Annual report of the Punjab Veterinary College and of the Civil Veterinary Department, Punjab - 1909-1919
Year: 1909
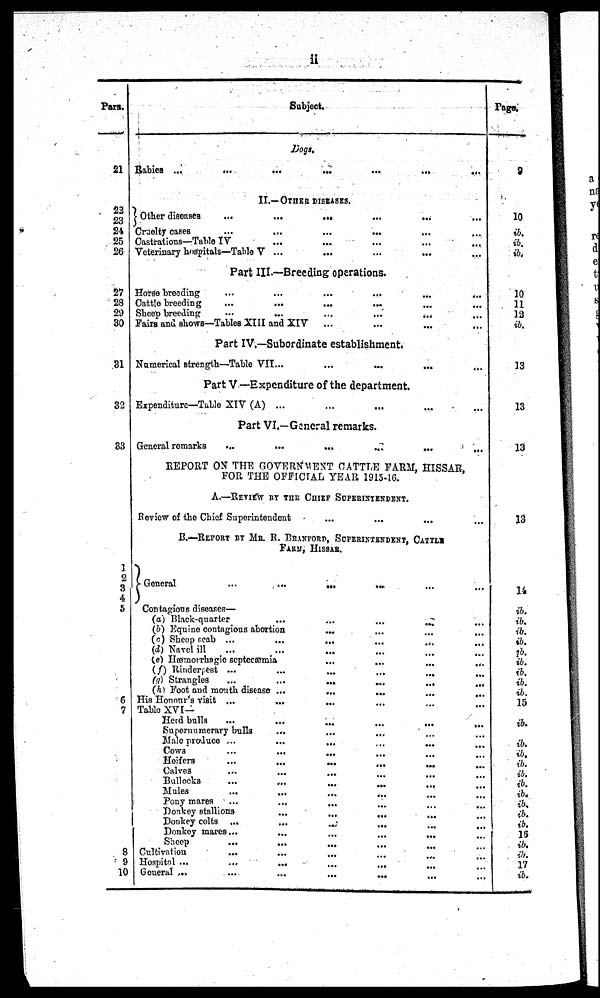
ii
Para.
21
22
23
24
25
26
27
28
29
30
31
32
33
1
2
3
4
5
6
7
8
9
10
Subject.
Dogs.
Rabies
...
...
...
...
...
...
...
II.—OTHER DISEASES.
Other diseases
...
...
...
...
...
...
...
Cruelty cases ... ... ... ... ... ... ...
Castrations—Table IV ... ... ... ... ... ... ...
Veterinary hospitals—Table V ... ... ... ... ... ... ...
Part III.—Breeding operations. ... ... ... ... ... ... ...
Horse breeding
...
...
...
...
...
...
...
Cattle breeding ... ... ... ... ... ... ...
Sheep breeding
...
...
...
...
...
...
...
Fairs and shows—Tables XIII and XIV ... ... ... ... ... ...
Part IV.—Subordinate establishment
Numerical strength—Table VII ... ... ... ... ... ... ...
Part V—Expenditure of the department.
Expenditure—Table XIV (A) ... ... ... ... ... ... ...
Part VI.—General remarks.
General remarks ... ... ... ... ... ... ...
REPORT ON THE GOVERNMENT CATTLE FARM, HISSAR
FOR THE OFFICIAL YEAR 1915-16.
A.—REVIÉW BY THE CHIEF SUPERINTENDENT.
Review of the Chief Superintendent ... ... ... ... ... ... ...
B.—REPORT BY MR. R. BRANFORD, SUPERINTENDENT, CATTLE
FARM, HISSAR.
General ... ... ... ..
Contagious diseases—
(a) Black-quarter
...
...
...
...
...
...
...
(b) Equine contagious abortion
...
...
...
...
...
...
...
(c) Sheep
scab
...
...
...
...
...
...
...
(d) Navel ill
...
...
...
...
...
...
...
(e) Hæmorhagic septecæmia ... ... ... ... ... ... ...
(f) Rinderpest
...
...
...
...
...
...
...
(g) Strangles
...
...
...
...
...
...
...
(h) Foot and mouth disease ... ... ... ... ... ... ...
His Honour's visit ... ... ... ... ... ... ...
Table XVI—
Herd bulls ... ... ... ... ... ... ...
Supernumerary bulls ... ... ... ... ... ... ...
Male produce
...
...
...
...
...
...
...
Cows ... ... ... ... ... ... ...
Heifers
...
...
...
...
...
...
...
Calves
...
...
...
...
...
...
...
Bullocks ... ... ... ... ... ... ...
Mules ... ... ... ... ... ... ...
Pony mares ... ... ... ... ... ... ...
Donkey stallions
...
... ... ... ... ... ...
Donkey colts ... ... ... ... ... ... ...
Donkey mares
...
...
...
...
...
...
...
Sheep ... ... ... ... ... ... ...
Cultivation ... ... ... ... ... ... ...
Hospital
...
...
...
...
...
...
...
General
...
...
...
...
...
...
...
Page
9
10
ib.
ib.
ib.
10
11
12
ib.
13
13
13
13
14
ib.
ib.
ib.
ib.
ib.
ib.
ib.
ib.
ib.
15
ib.
ib.
ib.
ib.
ib.
ib.
ib.
ib.
ib.
ib.
16
ib.
ib.
17
ib.